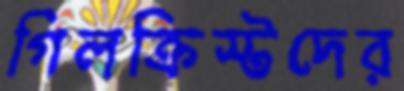
গিলক্রিস্টদের